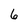
Character: 6